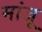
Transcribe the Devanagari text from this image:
मांजू